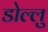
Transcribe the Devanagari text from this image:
डोल्लु